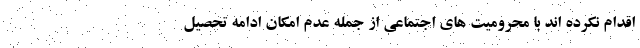
اقدام نکرده اند با محرومیت های اجتماعی از جمله عدم امکان ادامه تحصیل